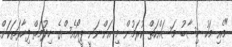
"މެއި މަހު ހިސާބު މަސައްކަތް ކުރަމުން މި އަންނަނީ ޕީއޯއެސްގެ ހިދުމަތް ފިހާރަތަކަށް